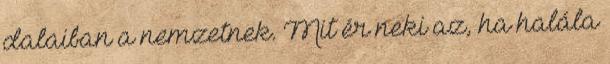
dalaiban a nemzetnek. Mit ér neki az, ha halála